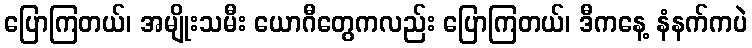
ပြောကြတယ်၊ အမျိုးသမီး ယောဂီတွေကလည်း ပြောကြတယ်၊ ဒီကနေ့ နံနက်ကပဲ